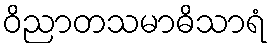
ဝိညာတသမာဓိသာရံ